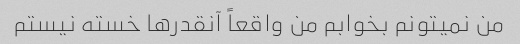
من نمیتونم بخوابم من واقعاً آنقدرها خسته نیستم